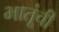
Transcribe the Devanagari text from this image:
भातूंची